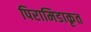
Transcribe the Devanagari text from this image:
पिरामिडाकृत